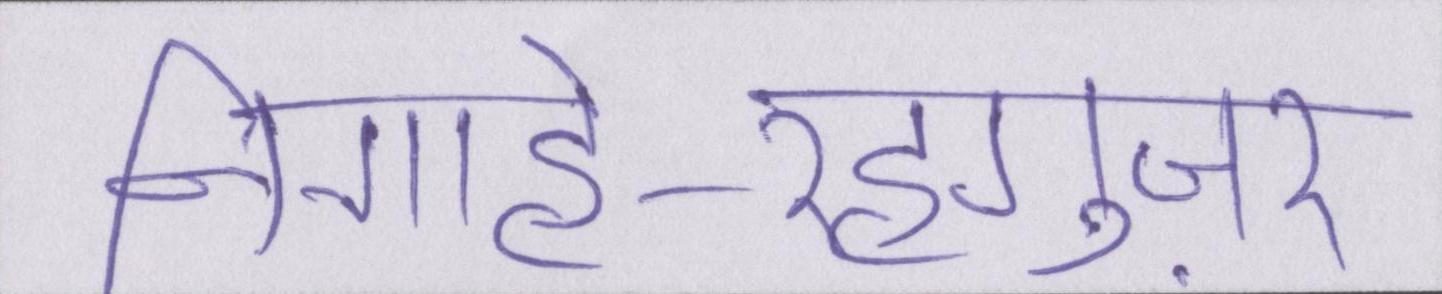
निगाहे-रहगुज़र